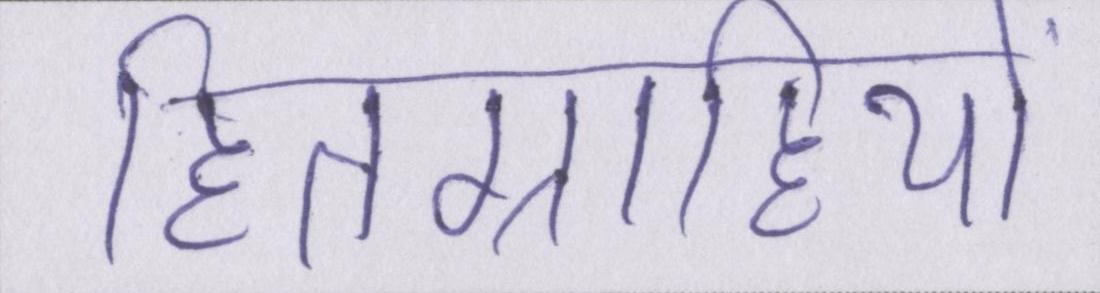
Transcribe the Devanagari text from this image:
हितग्राहियों